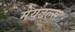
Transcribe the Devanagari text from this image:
मेयटल्स